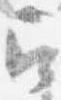
召